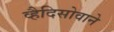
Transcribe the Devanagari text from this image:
व्हैदिसोवाने